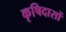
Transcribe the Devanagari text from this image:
कृषिदासों